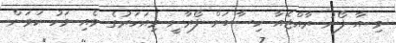
މި އާ ފޯނު ރާއްޖެއާ ހިސާބަށް ފޯރާނީ މިއަހަރުގެ މެއި މަހު ކަމަށް